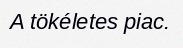
A tökéletes piac.